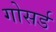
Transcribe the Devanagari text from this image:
गोसर्ड